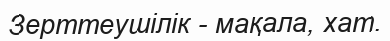
Зерттеушілік - мақала, хат.